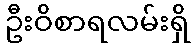
ဦးဝိစာရလမ်းရှိ